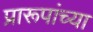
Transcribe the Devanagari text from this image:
प्रारूपांच्या